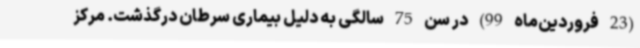
(23 فروردین‌ماه 99) در سن 75 سالگی به دلیل بیماری سرطان درگذشت. مرکز